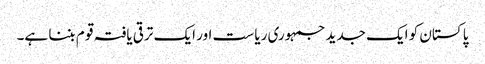
پا کستان کو ایک جدید جمہوری ریا ست اور ایک ترقی یافتہ قو م بننا ہے۔